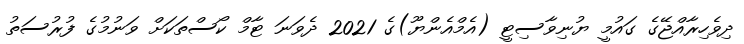
ދިވެހިރާއްޖޭގެ ގައުމީ ޔުނިވާސިޓީ (އެމްއެންޔޫ)ގެ 2021 ދެވަނަ ޓާމް ކޯސްތަކަށް ވަނުމުގެ ފުރުސަތު